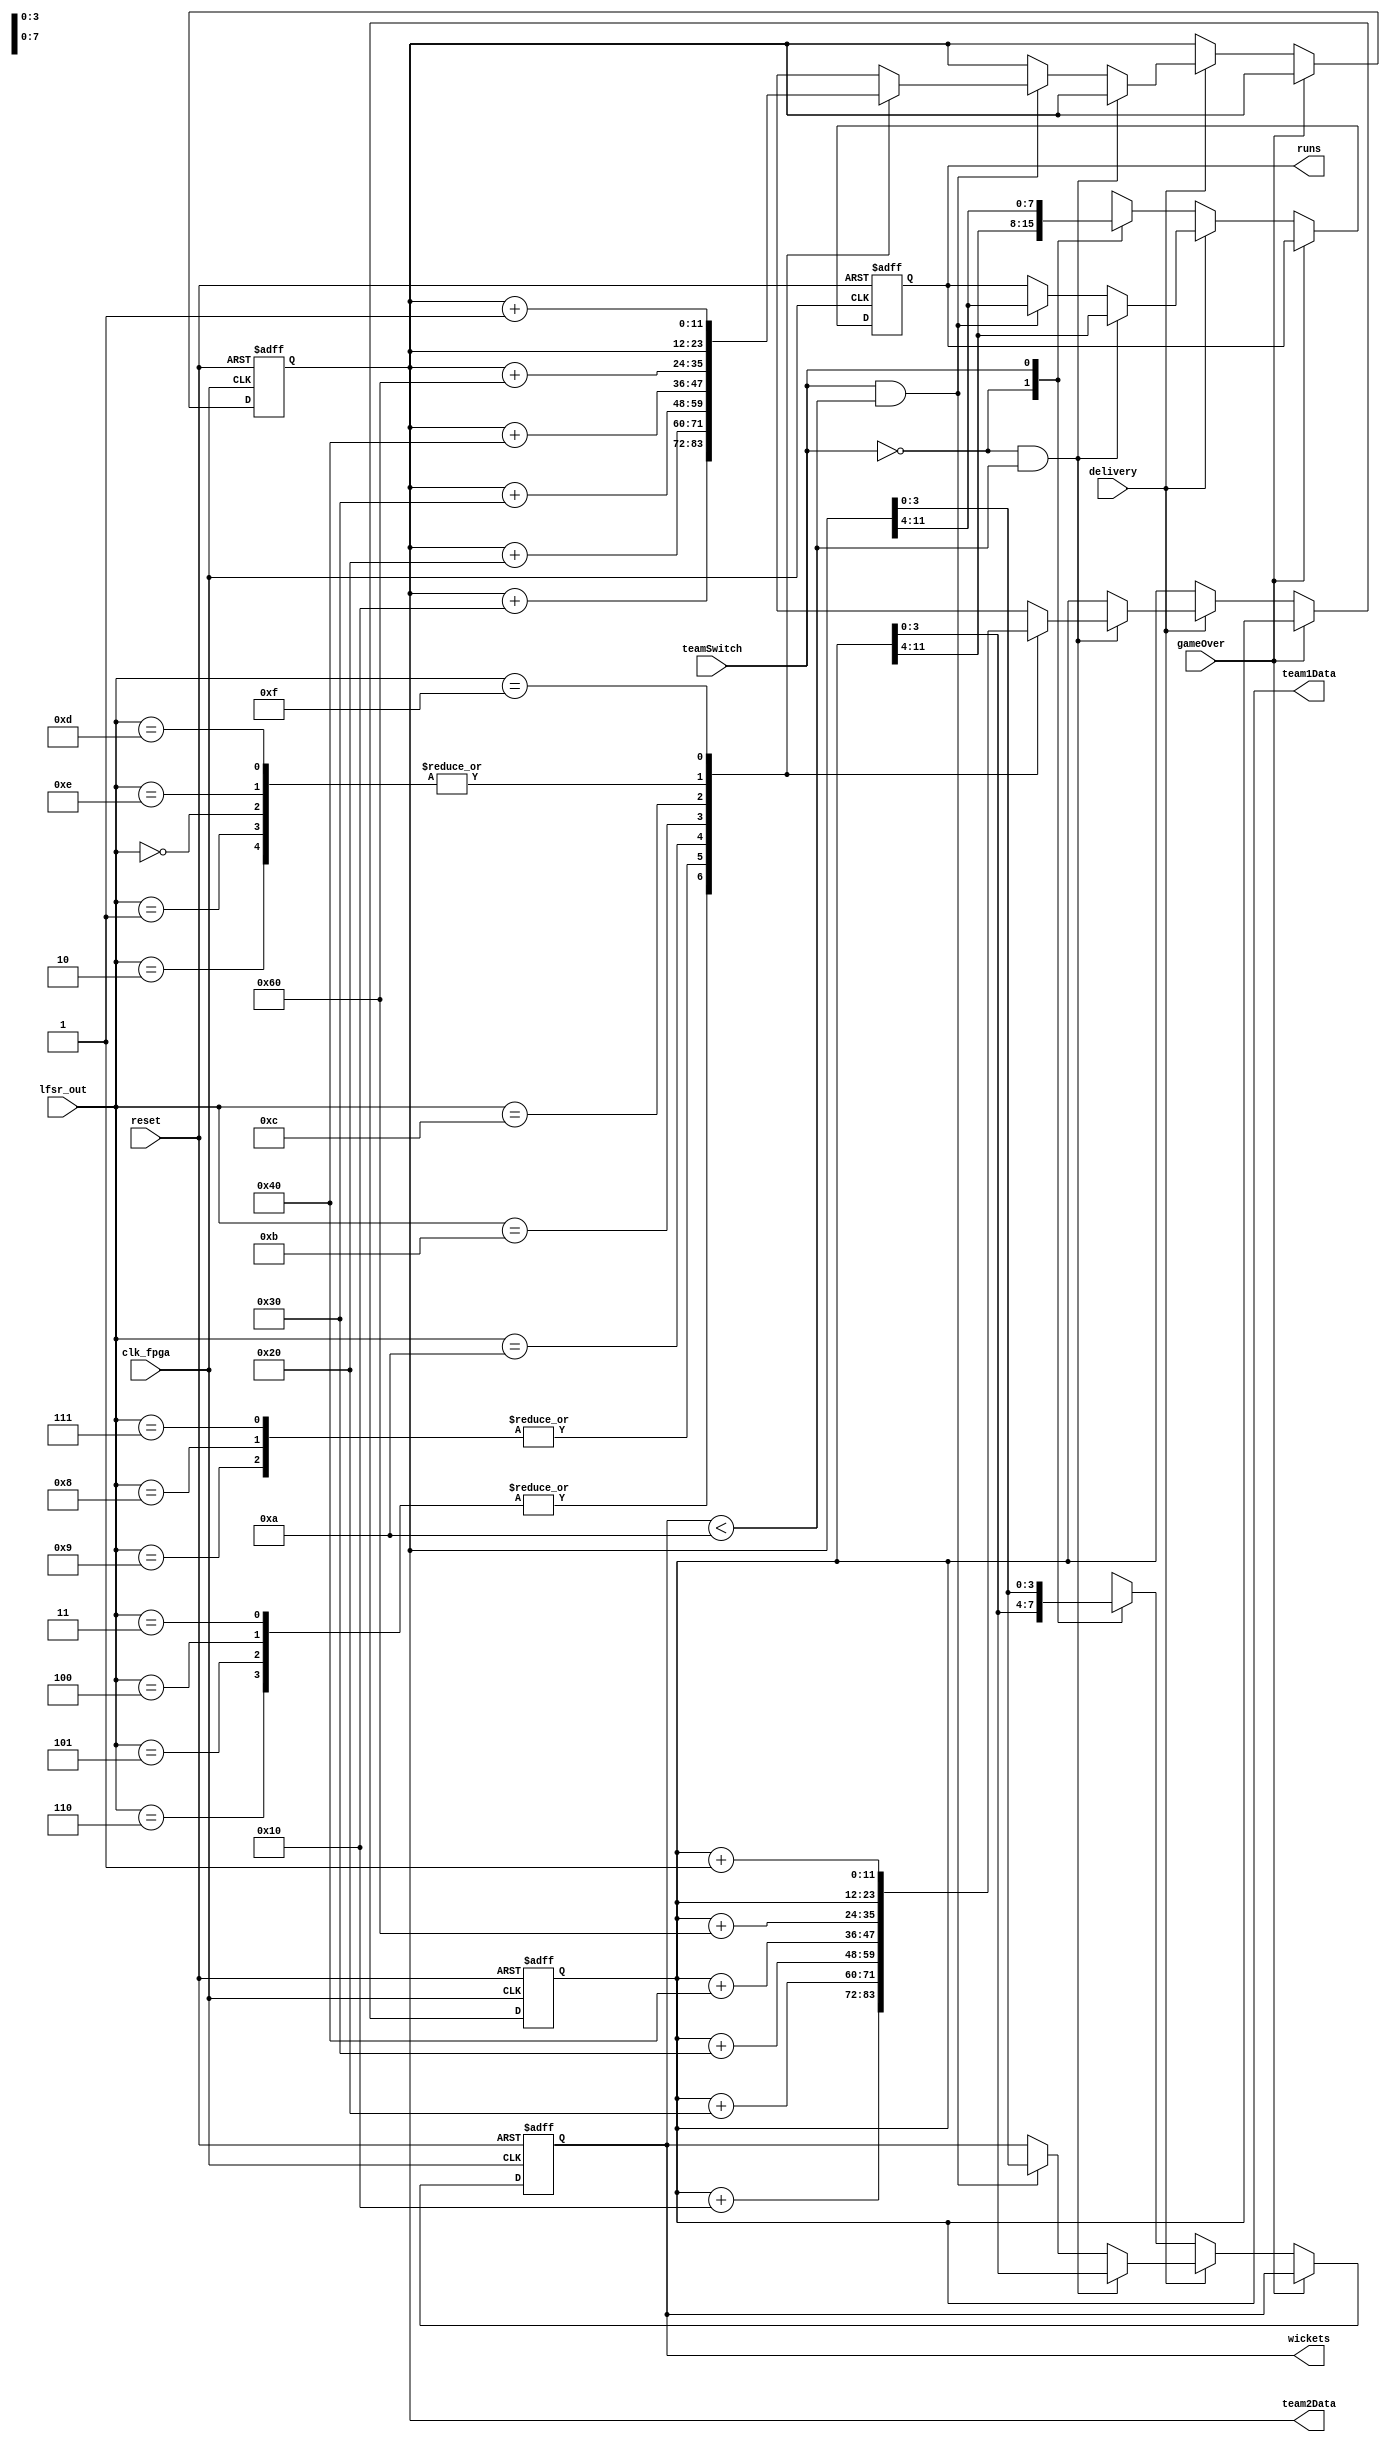
`timescale 1ns / 1ps
//////////////////////////////////////////////////////////////////////////////////
// Company: 
// Engineer: 
// 
// Design Name: 
// Module Name: score_and_wickets
// Project Name: 
// Target Devices: 
// Tool Versions: 
// Description: 
// 
// Dependencies: 
// 
// Revision:
// Revision 0.01 - File Created
// Additional Comments:
// 
//////////////////////////////////////////////////////////////////////////////////


module score_and_wickets(
    input clk_fpga,     
    input reset,    
    input delivery, 
    input teamSwitch,
    input [3:0] lfsr_out, 
    input gameOver,      
    output reg[7:0] runs,
    output reg [3:0] wickets,  
    output reg [11:0] team1Data, // stores and updates team1's scores and runs when switch is 0
    output reg [11:0] team2Data // stores and updates team2's scores and runs when switch is 1   
    );      
    
    localparam single = 16;
    localparam double = 32;
    localparam triple = 48;
    localparam four = 64;
    localparam six = 96; 
    
    // update scores after each delivery(bowl) based on cricket rules
    always @ (posedge clk_fpga, posedge reset) begin        
        if (reset)
            begin
            runs <= 0; 
            wickets <= 0;
            team1Data <= 0;
            team2Data <= 0;
            end       
        else if (gameOver)
            begin            
            runs <= runs; 
            wickets <= wickets;
            team1Data <= team1Data;
            team2Data <= team2Data;
            end
        else if(delivery)
            begin
            if((~teamSwitch) && (wickets < 10)) // increment score of team 1
                begin                
                case (lfsr_out) // pseudorandom number from linear feedback shift register
                    0,1,2:  team1Data <= team1Data; //dot balls 
                    3,4,5,6:  team1Data <= team1Data + single;
                    7,8,9:    team1Data <= team1Data + double;                 
                    10:    team1Data <= team1Data + triple;  
                    11:    team1Data <= team1Data + four;   
                    12:  team1Data <= team1Data + six;   
                    13,14:  team1Data <= team1Data;   // wide ball and no balls                 
                    15: team1Data <= team1Data + 1;   //wickets              
                endcase
                runs <= team1Data[11:4];
                wickets <= team1Data[3:0];
                end
            else if((teamSwitch) && (wickets < 10)) // increment score of team 2
                begin
                case (lfsr_out) // pseudorandom number from linear feedback shift register
                    0,1,2:  team2Data <= team2Data; //dot balls   
                    3,4,5,6:  team2Data <= team2Data + single; 
                    7,8,9:    team2Data <= team2Data + double;              
                    10:    team2Data <= team2Data + triple;   
                    11:    team2Data <= team2Data + four;  
                    12:  team2Data <= team2Data + six;   
                    13,14:  team2Data <= team2Data;              
                    15: team2Data <= team2Data + 1;   //wickets         
                endcase
                runs <= team2Data[11:4];
                wickets <= team2Data[3:0];
                end
            end
        else    //switching teams back and forth to check scores without a up button press for delivery
            begin            
            case (teamSwitch)
            0:  begin
                runs <= team1Data[11:4];
                wickets <= team1Data[3:0];
                end 
            1: begin
               runs <= team2Data[11:4];
               wickets <= team2Data[3:0];
               end
            endcase
            end
    end 
       
endmodule